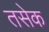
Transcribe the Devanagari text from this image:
तसेक